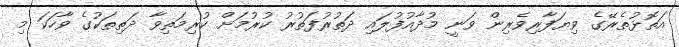
އަތޮޅުތެރޭގެ ވިޔަފާރިވެރިން ވަނީ މުދާއުފުލައި ދަތުރުފަތުރު ކުރުމަށް ކުރިމަތިވާ ދަތިތަކުގެ ވާހަކަ މި